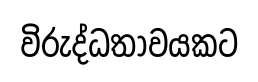
විරුද්ධතාවයකට